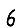
Digit: 6